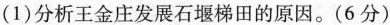
(1)分析王金庄发展石堰梯田的原因。(6分)